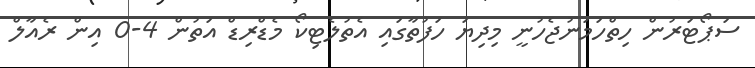
ސަޕޯޓަރުން ހިތްހަމަނުޖެހުނީ މިދިޔަ ހަފުތާގައި އެތުލެޓިކޯ މެޑްރިޑް އަތުން 4-0 އިން ރެއާލް